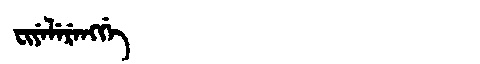
Manchu: ᠸᡳᠶᡝᠯᡝᡵᡝᠩᡤᡝ
Romanization: FIYELERENGGE